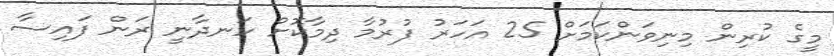
މީގެ ކުރިން މިނިވަންކަމަށް 25 އަހަރު ފުރުމާ ދިމާކޮށް ހަނދާނީ ރަން ފައިސާ